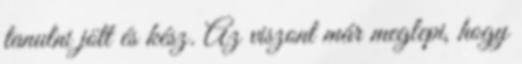
tanulni jött és kész. Az viszont már meglepi, hogy